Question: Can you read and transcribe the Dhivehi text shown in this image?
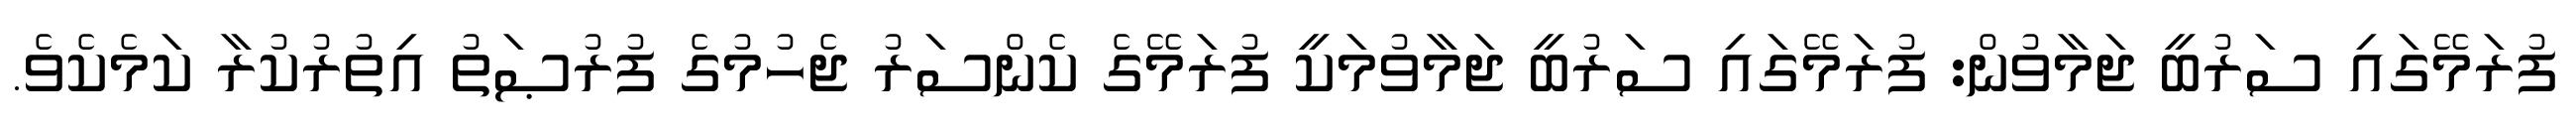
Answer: ފުރަމޭގައި ސަރުބީ ޖަމާވުން: ފުރަމޭގައި ސަރުބީ ޖަމާވުމަކީ ފުރަމޭގެ ކެންސަރު ޖެހުމުގެ ފުރުޞަތު އިތުރުކުރާ ކަމެކެވެ.